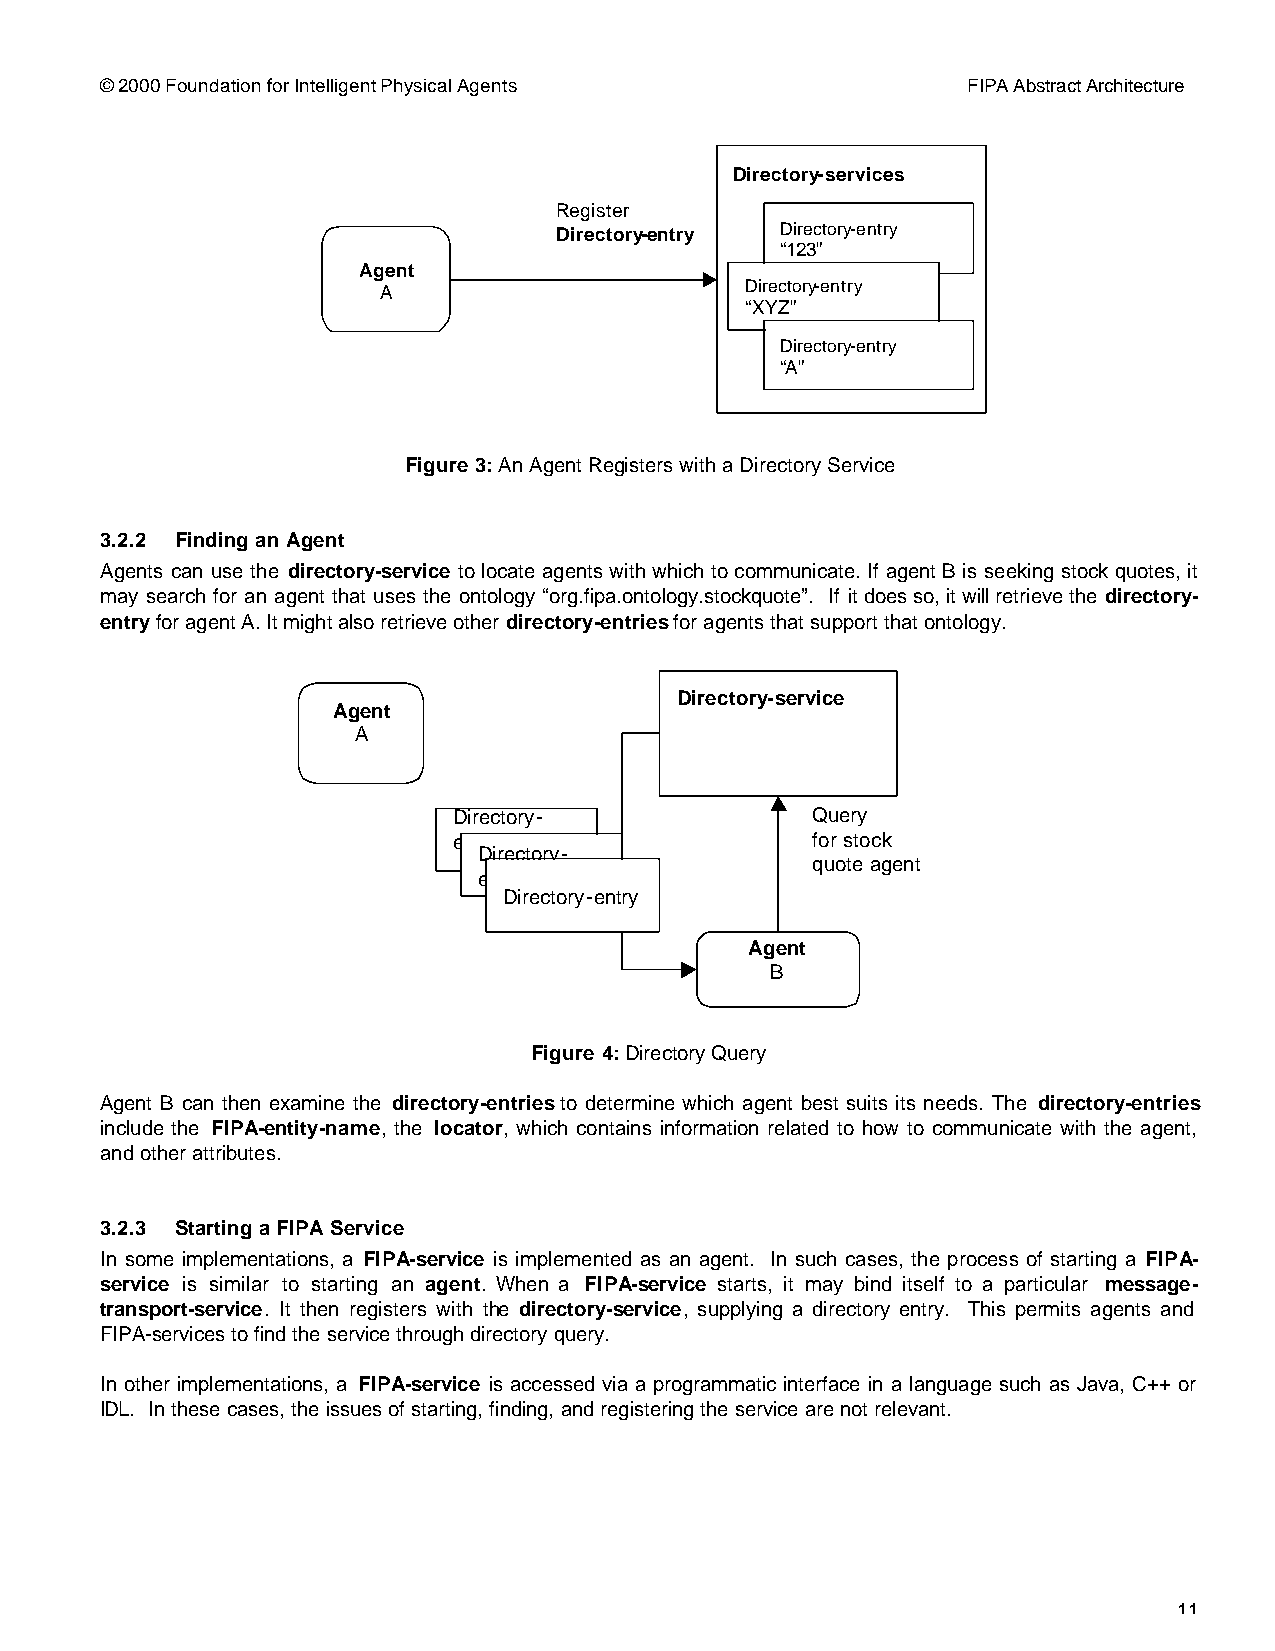
© 2000 Foundation for Intelligent Physical Agents        FIPA Abstract Architecture
 Directory-services
 Register
 Directory-entry Directory-entry
 “123”
 Agent
 A                       Directory-entry
 “XYZ”
 Directory-entry
 “A”
 Figure 3: An Agent Registers with a Directory Service
 3.2.2 Finding an Agent
 Agents can use the directory-service to locate agents with which to communicate. If agent B is seeking stock quotes, it
 may search for an agent that uses the ontology “org.fipa.ontology.stockquote”. If it does so, it will retrieve the directory-
 entry for agent A. It might also retrieve other directory-entries for agents that support that ontology.
 Directory-service
 Agent
 A
 Directory-              Query
 entry                   for stock
 Directory-
 quote agent
 entry
 Directory-entry
 Agent
 B
 Figure 4: Directory Query
 Agent B can then examine the directory-entries to determine which agent best suits its needs. The directory-entries
 include the FIPA-entity-name, the locator, which contains information related to how to communicate with the agent,
 and other attributes.
 3.2.3 Starting a FIPA Service
 In some implementations, a FIPA-service is implemented as an agent. In such cases, the process of starting a FIPA-
 service is similar to starting an agent. When a FIPA-service starts, it may bind itself to a particular message-
 transport-service. It then registers with the directory-service, supplying a directory entry. This permits agents and
 FIPA-services to find the service through directory query.
 In other implementations, a FIPA-service is accessed via a programmatic interface in a language such as Java, C++ or
 IDL. In these cases, the issues of starting, finding, and registering the service are not relevant.
 11